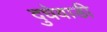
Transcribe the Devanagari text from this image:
दुधेवाडी